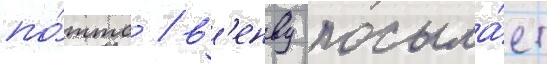
по́ттс / в'енву посыла́ет